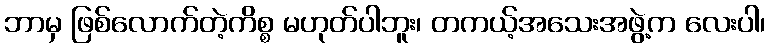
ဘာမှ ဖြစ်လောက်တဲ့ကိစ္စ မဟုတ်ပါဘူး၊ တကယ့်အသေးအဖွဲ့က လေးပါ၊